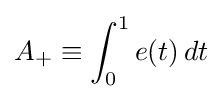
A_{+}\equiv \int _{0}^{1}e(t)\,dt